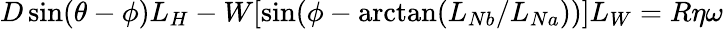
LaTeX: D\sin(\theta-\phi)L_{H}-W[\sin(\phi-\arctan(L_{Nb}/L_{Na}))]L_{W}=R\eta\omega